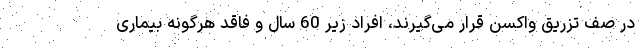
در صف تزریق واکسن قرار می‌گیرند، افراد زیر 60 سال و فاقد هرگونه بیماری